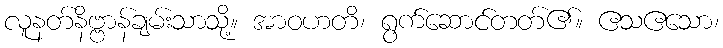
လူနတ်နိဗ္ဗာန်ချမ်းသာသို့။ အာဝဟတိ၊ ရွက်ဆောင်တတ်၏။ ဧသဧသော၊